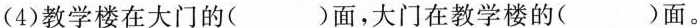
(4)教学楼在大门的()面，大门在教学楼的()面。